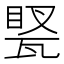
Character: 𤭲